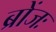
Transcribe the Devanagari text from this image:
ब्रोंजः